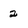
Character: 2